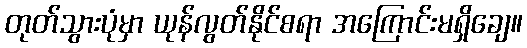
တုတ်သွားပုံမှာ ယုန်လွတ်နိုင်စရာ အကြောင်းမရှိချေ။